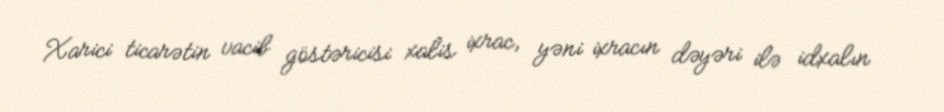
Xarici ticarətin vacib göstəricisi xalis ixrac, yəni ixracın dəyəri ilə idxalın